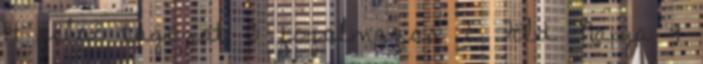
14 felső tagozat 3 fogalmazás 2 Föld Napja 4